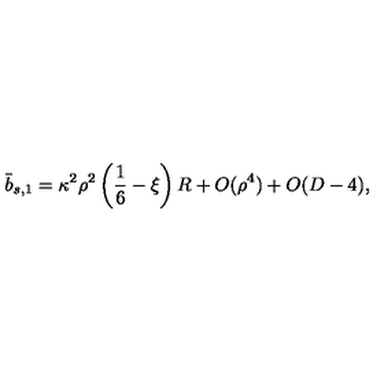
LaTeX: \bar { b } _ { s , 1 } = \kappa ^ { 2 } \rho ^ { 2 } \left( \frac 1 6 - \xi \right) R + O ( \rho ^ { 4 } ) + O ( D - 4 ) ,